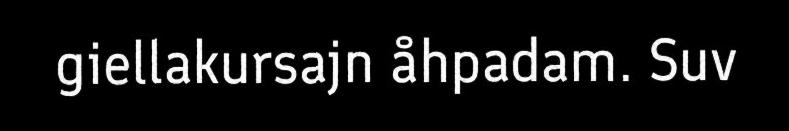
giellakursajn åhpadam. Suv